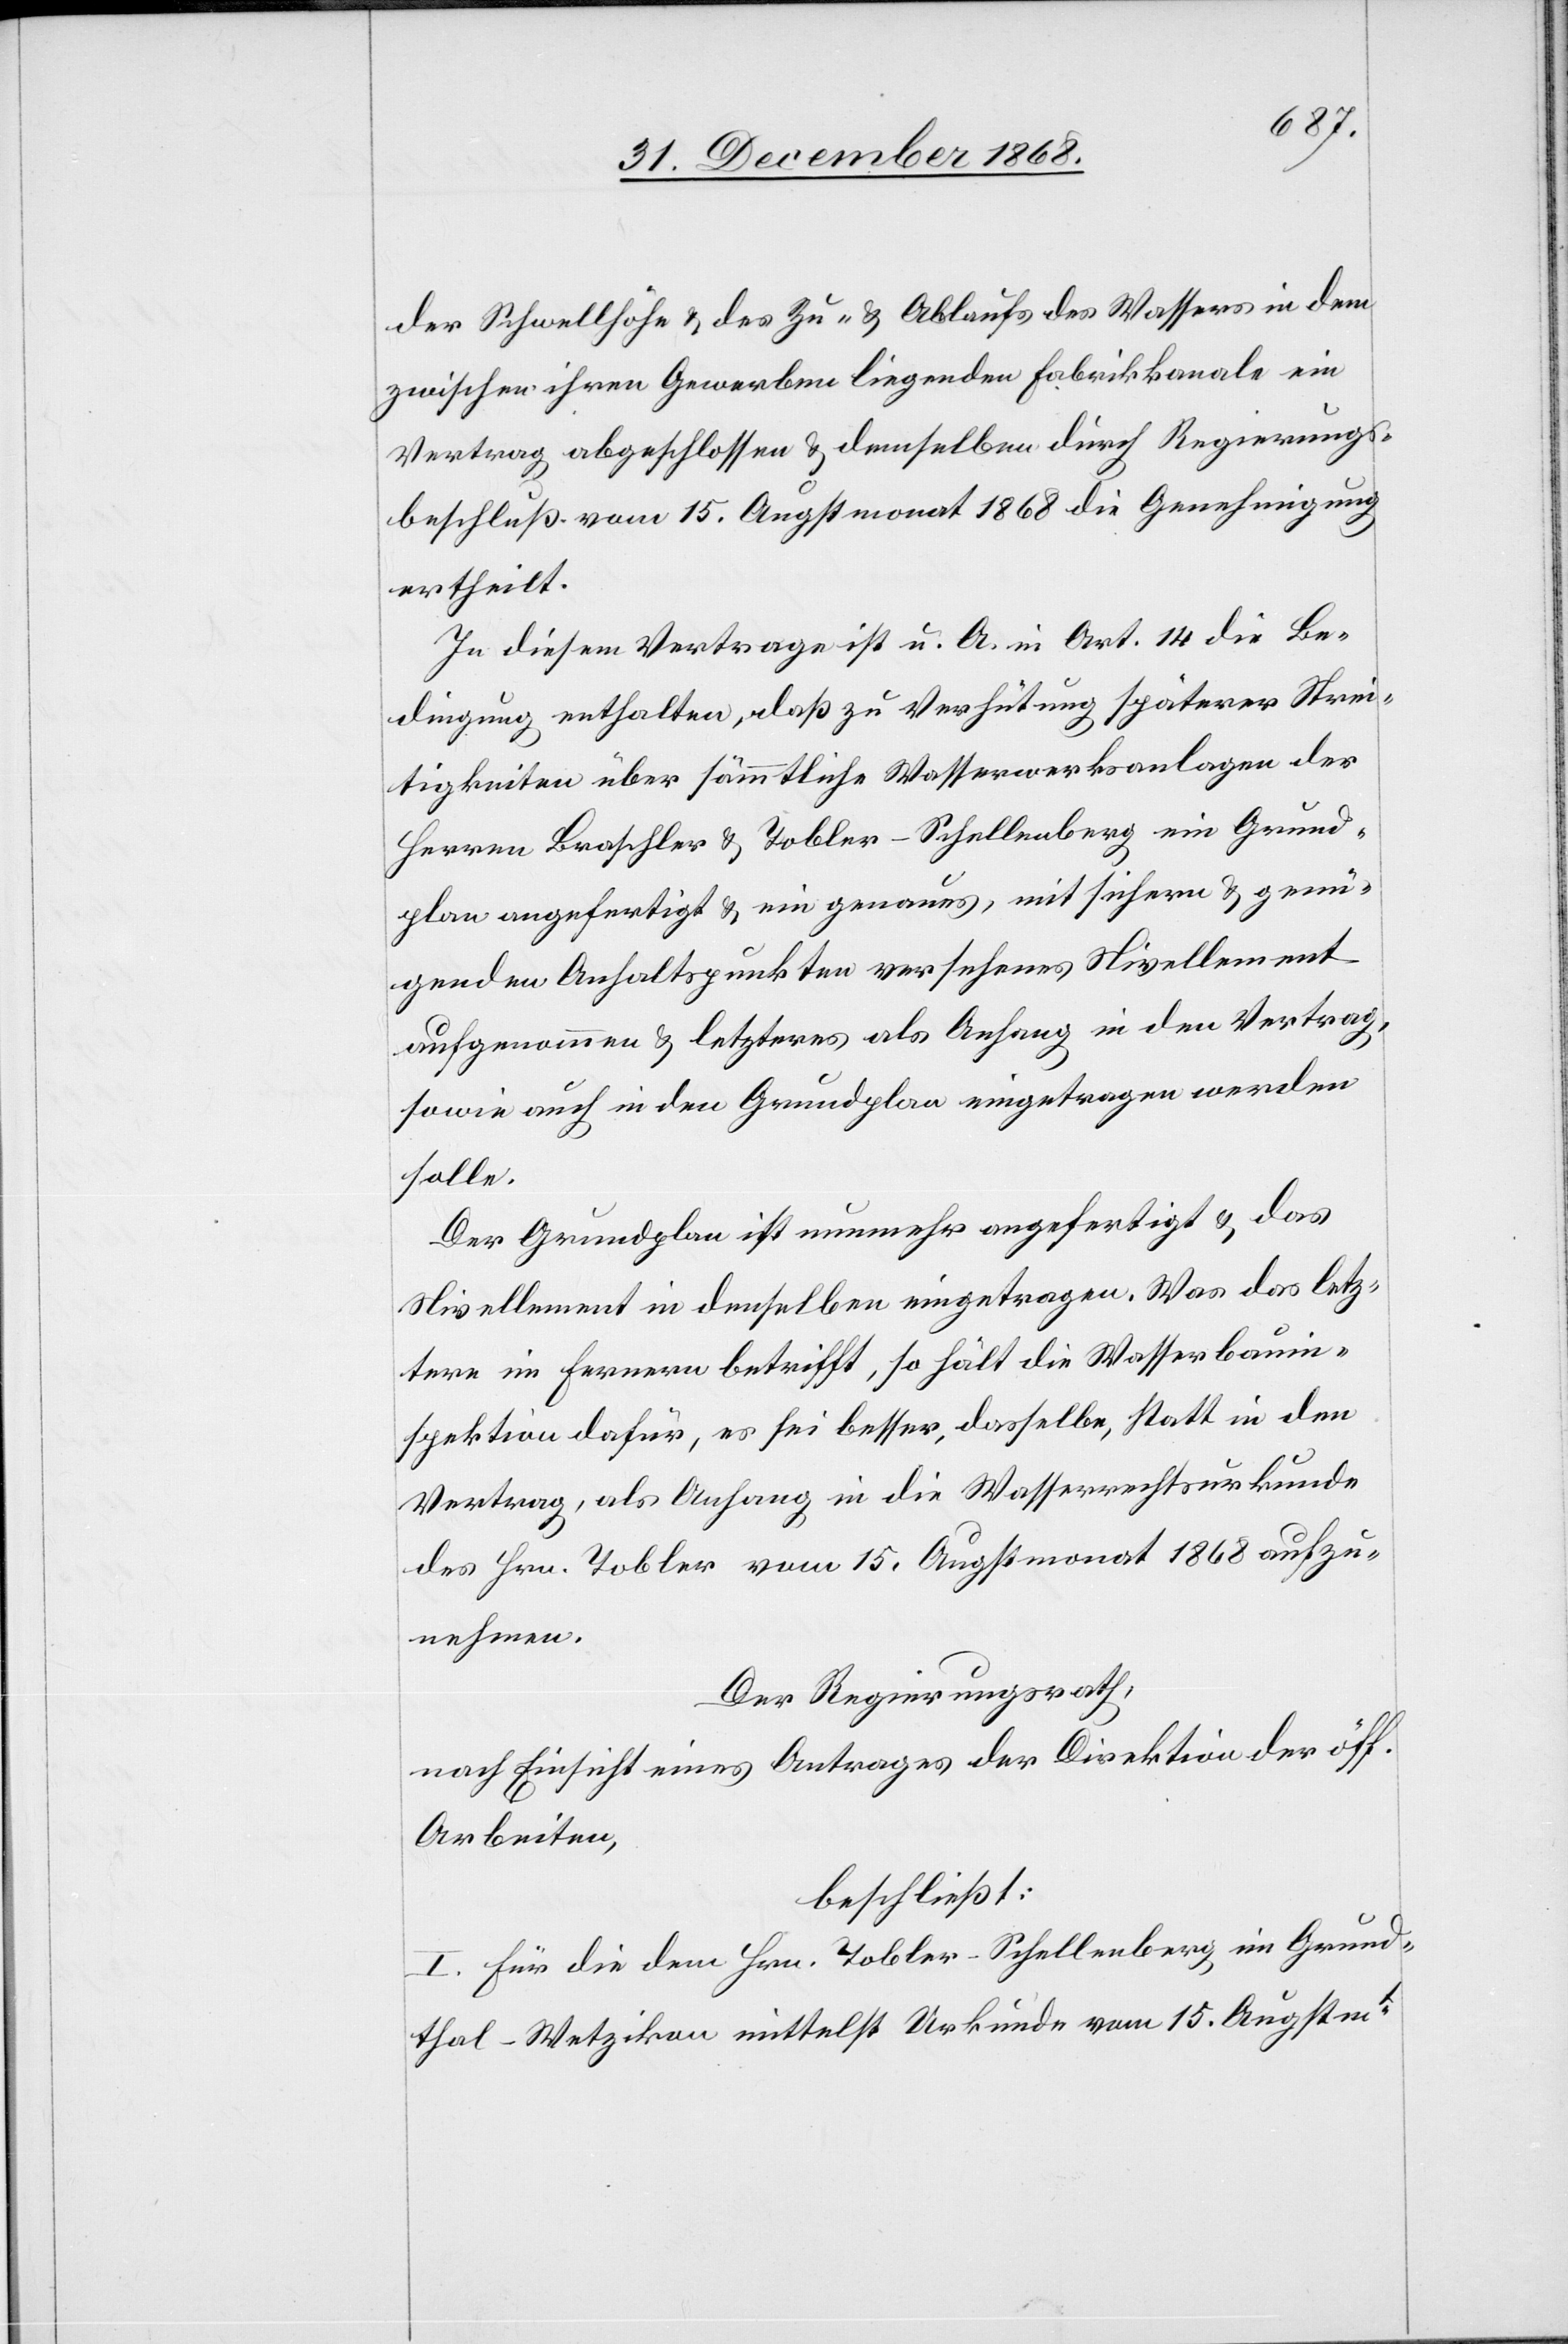
der Schwellhöhe & des Zu- & Ablaufs des Wassers in dem
zwischen ihren Gewerben liegenden Fabrikkanale ein
Vertrag abgeschlossen & demselben durch Regierungs¬
beschluß vom 15. Augstmonat 1868 die Genehmigung
ertheilt.
In diesem Vertrage ist u. A. in Art. 14 die Be¬
dingung enthalten, daß zu Verhütung späterer Strei¬
tigkeiten über sämmtliche Wasserwerksanlagen der
Herren Braschler & Tobler-Schellenberg ein Grund¬
plan angefertigt & ein genaues, mit sichern & genü¬
genden Anhaltspunkten versehenes Nivellement
aufgenommen & letzteres als Anhang in den Vertrag,
sowie auch in den Grundplan eingetragen werden
solle.
Der Grundplan ist nunmehr angefertigt & das
Nivellement in denselben eingetragen. Was das letz¬
tere im Fernern betrifft, so hält die Wasserbauin¬
spektion dafür, es sei besser, dasselbe, statt in den
Vertrag, als Anhang in die Wasserrechtsurkunde
des Hrn. Tobler vom 15. Augstmonat 1868 aufzu¬
nehmen.
Der Regierungsrath,
nach Einsicht eines Antrages der Direktion der öff.
Arbeiten,
beschließt:
I. Für die dem Hrn. Tobler-Schellenberg im Grund¬
thal - Wetzikon mittelst Urkunde vom 15. Augstmt.